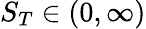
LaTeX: S_{T}\in(0,\infty)